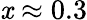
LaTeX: \mathit{x}\approx0.3